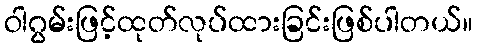
ဝါဂွမ်းဖြင့်ထုတ်လုပ်ထားခြင်းဖြစ်ပါတယ်။